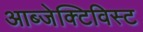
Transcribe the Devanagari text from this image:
आब्जेक्टिविस्ट